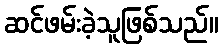
ဆင်ဖမ်းခဲ့သူဖြစ်သည်။